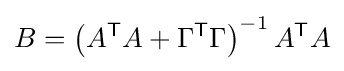
B=\left(A^{\mathsf {T}}A+\Gamma ^{\mathsf {T}}\Gamma \right)^{-1}A^{\mathsf {T}}A